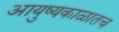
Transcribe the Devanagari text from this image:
आयुष्यकाळातच